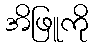
အိဖြူကို